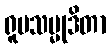
ရူပသမ္မုဒိတာ